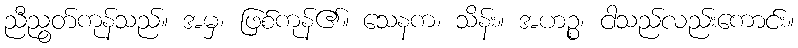
ညီညွတ်ကုန်သည်။ အမှ၊ ဖြစ်ကုန်၏။ သေနက၊ သိန်း။ အဟဉ္စ၊ ငါသည်လည်းကောင်း။